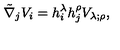
\tilde { \nabla } _ { j } V _ { i } = h _ { i } ^ { \lambda } h _ { j } ^ { \rho } V _ { \lambda ; \rho } ,